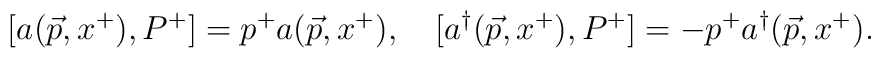
[a(\vec{p},x^+), P^+] =  p^+ a(\vec{p},x^+), \quad[a^\dagger(\vec{p},x^+),P^+] =- p^+ a^\dagger(\vec{p},x^+).